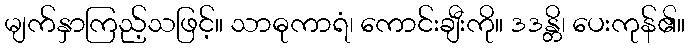
မျက်နှာကြည့်သဖြင့်။ သာဓုကာရံ၊ ကောင်းချီးကို။ ဒဒန္တိ၊ ပေးကုန်၏။